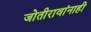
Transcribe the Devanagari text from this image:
जोतीरावांनाही